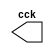
// Guia 09 - Capitulo 3
 // Nome: Karen Alves Pereira
 // Data: 14/04/2011
 
 //-- Clock
 module clock ( cck );
 output cck;
 reg    cck;

  initial
   begin
    cck = 1'b0;
   end

  always
   begin
    #12 cck = ~cck;
   end 
 endmodule


 module exercicio02(signal,clock);

 input  clock;
 output signal;
 reg    signal;

   initial
    begin
     signal = 1'b0;
    end

   always
    begin
     #48 signal = ~signal;
	
   end
 endmodule


 //-- Teste
 module teste;

 wire  clock;
 clock cck1 ( clock );
 wire saida;
 
 exercicio02 EX02 (saida,clock);

 initial begin
  $display ( "Guia09 - Exercicio02 - Karen Alves - 407451" );
  $dumpfile ( "Guia09_Exercicio02.vcd" );
  $dumpvars (1,clock,saida);
  #120 $finish;
  
 end
 endmodule